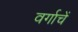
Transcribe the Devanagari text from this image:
वर्गाचें